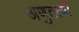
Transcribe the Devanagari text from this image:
अणुतत्वों